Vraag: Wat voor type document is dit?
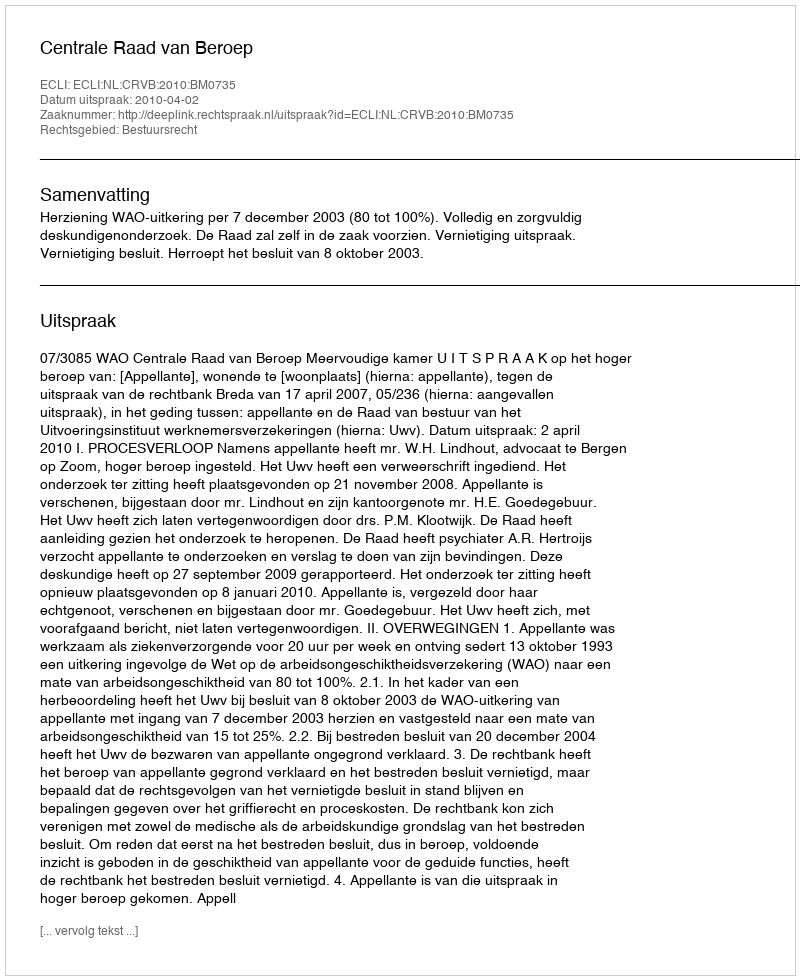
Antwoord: Uitspraak